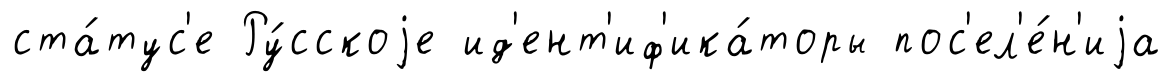
ста́тус'е Ру́сскоjе ид'ент'иф'ика́торы пос'ел'е́н'иjа